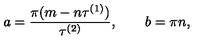
a = { \frac { \pi ( { m - n } \tau ^ { ( 1 ) } ) } { \tau ^ { ( 2 ) } } } , \qquad b = \pi { n } ,